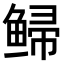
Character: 𫚡